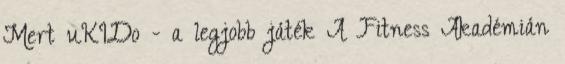
Mert uKIDo - a legjobb játék A Fitness Akadémián